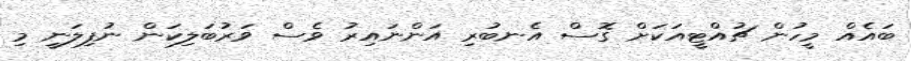
ބައެއް މީހުން ޗުއްޓީއަކަށް ގޮސް އެނބުރި އަންނައިރު ވެސް ވަރުބަލިކަން ނުފިލަނީ މި